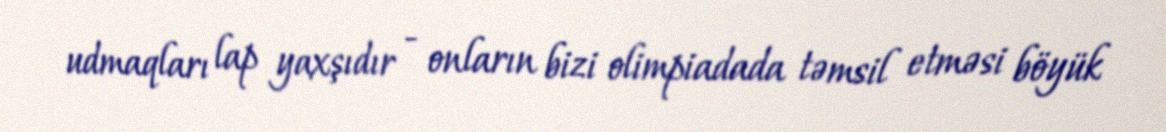
udmaqları lap yaxşıdır - onların bizi olimpiadada təmsil etməsi böyük